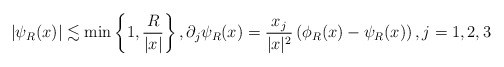
\begin{align*} |\psi_R(x)| \lesssim \min \left\{1,\frac{R}{|x|} \right\}, \partial_j \psi_R (x) =\frac{x_j}{|x|^2} \left(\phi_R(x) - \psi_R(x)\right), j=1, 2, 3\end{align*}